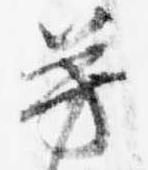
芳